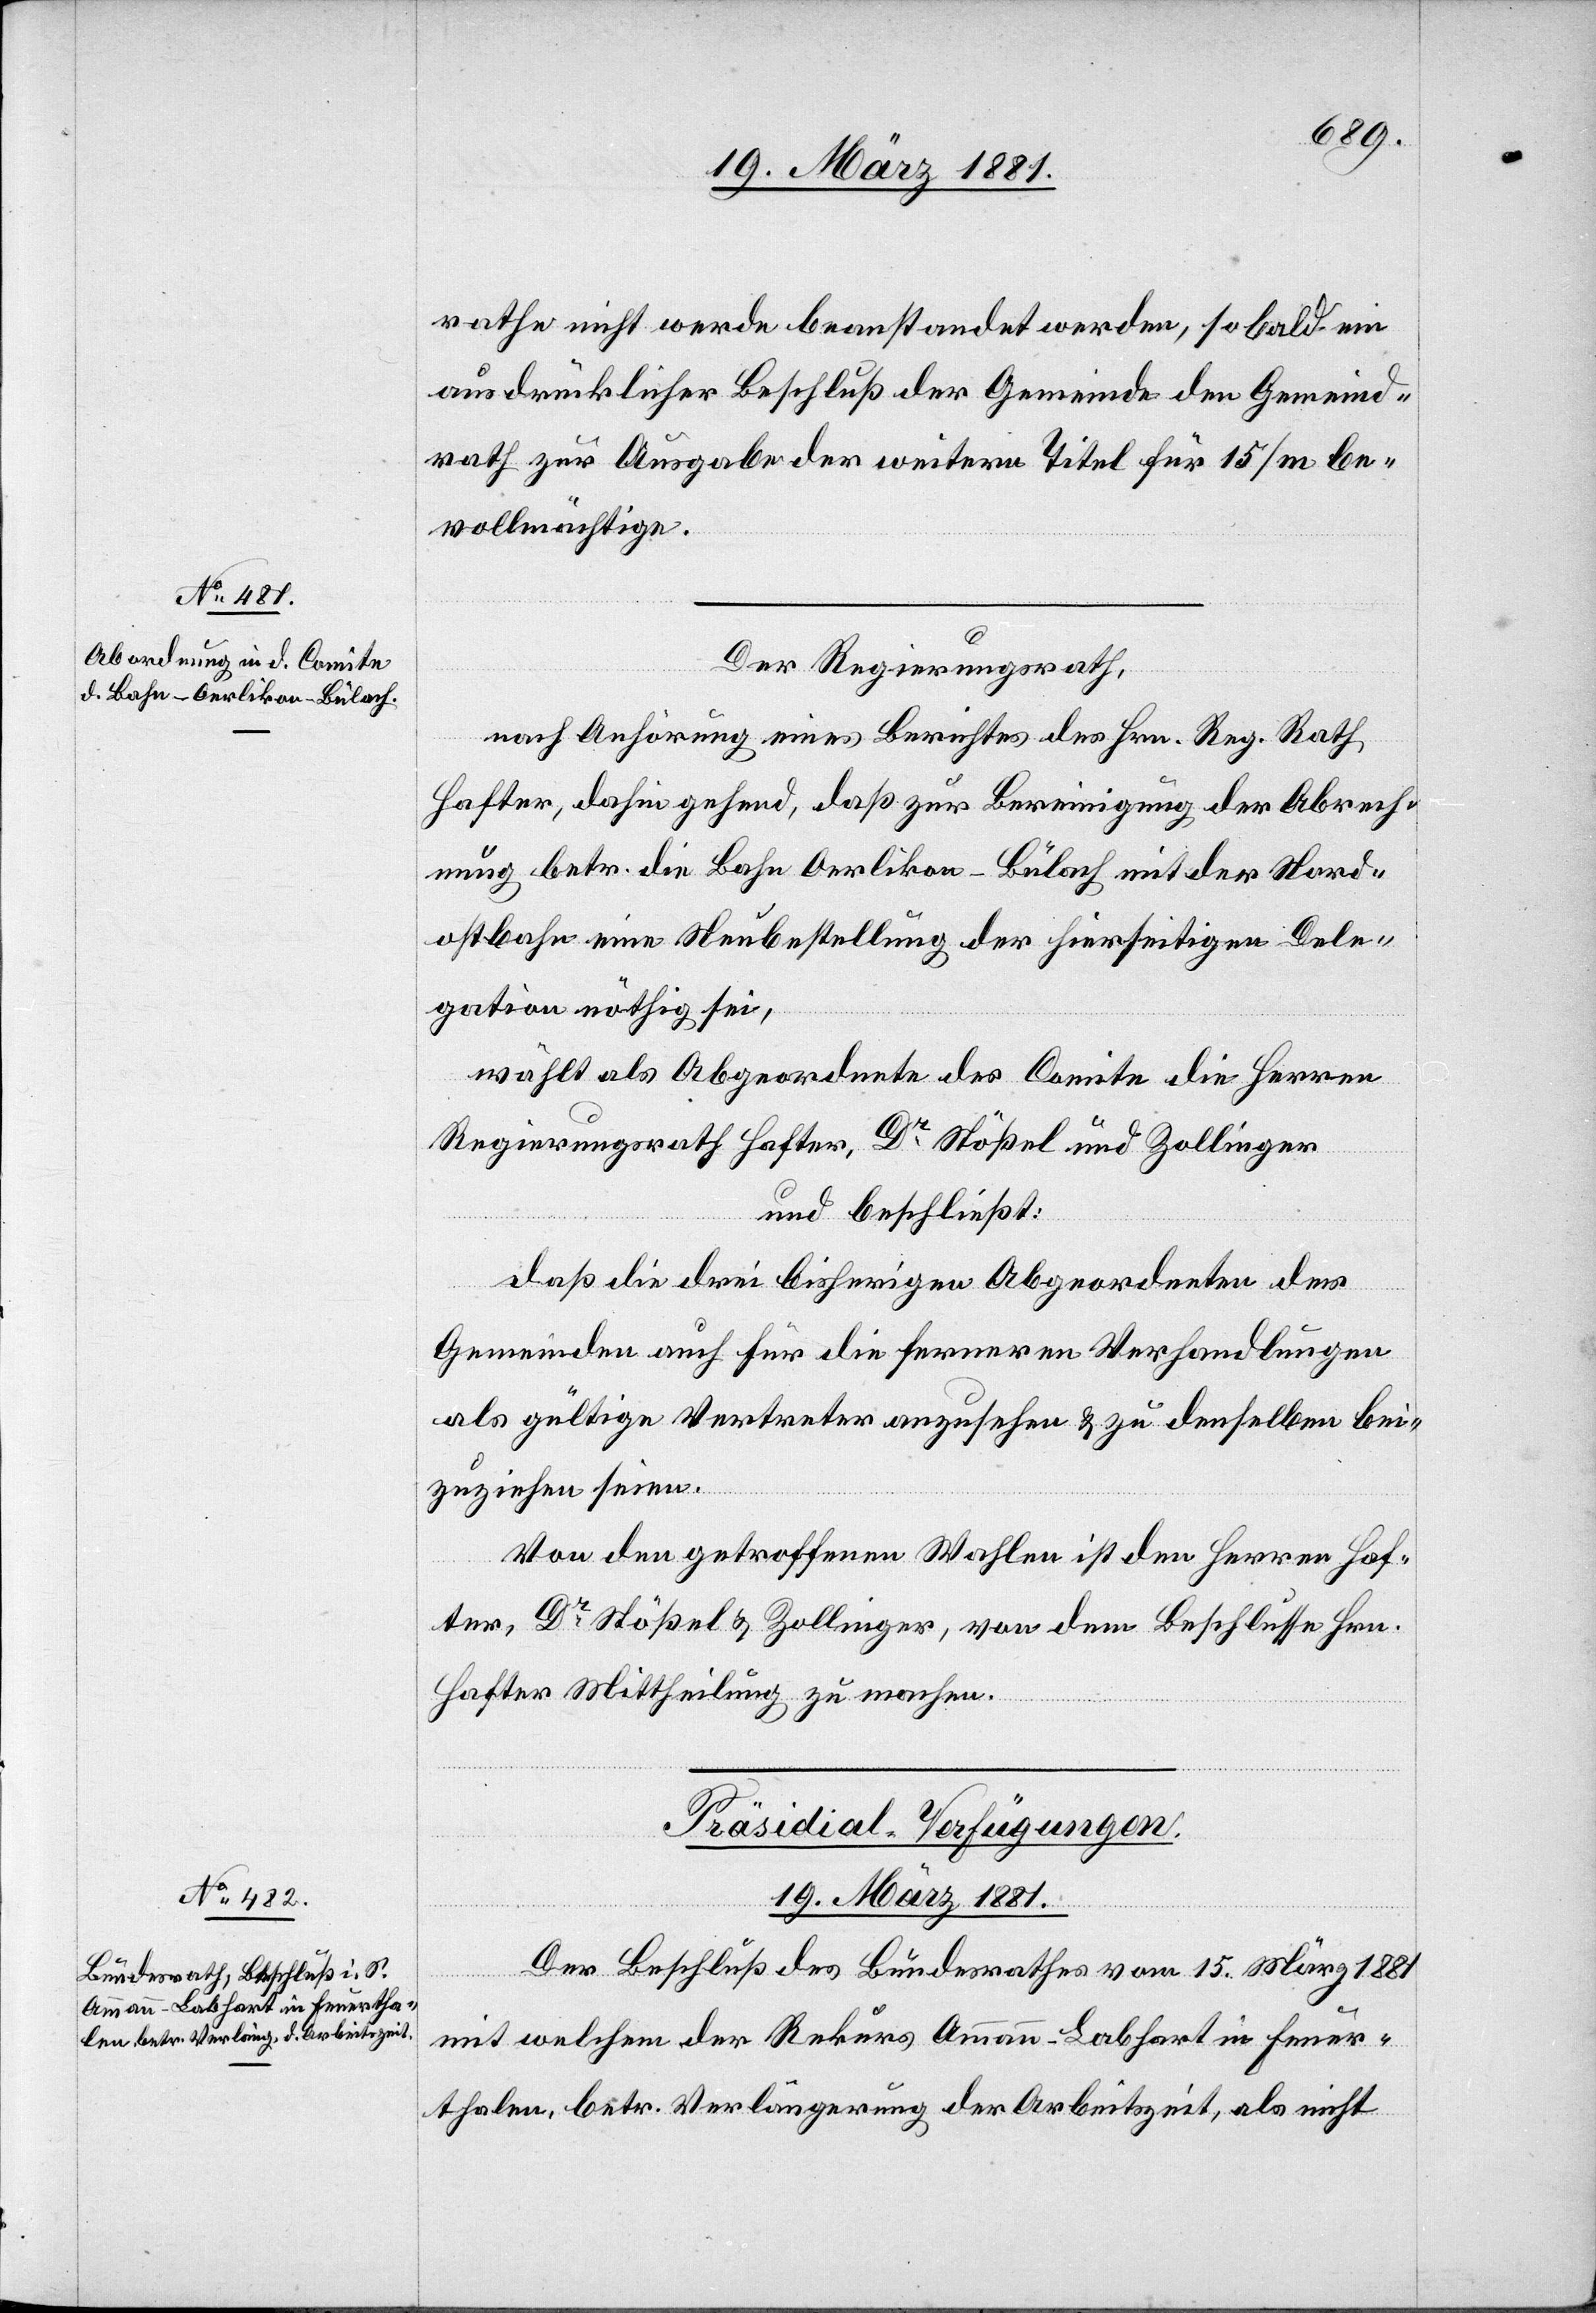
rathe nicht werde beanstandet werden, so bald ein
ausdrücklicher Beschluß der Gemeinde den Gemeind¬
rath zur Ausgabe der weitern Titel für 15/m be¬
vollmächtige.
Der Regierungsrath,
nach Anhörung eines Berichtes des Hrn. Reg. Rath
Hafter, dahingehend, daß zur Bereinigung der Abrech¬
nung betr. die Bahn Oerlikon–Bülach mit der Nord¬
ostbahn eine Neubestellung der hierseitigen Dele¬
gation nöthig sei,
wählt als Abgeordnete des Comite die Herren
Regierungsrath Hafter, Dr Stößel und Zollinger
und beschließt:
daß die drei bisherigen Abgeordneten der
Gemeinden auch für die ferneren Verhandlungen
als gültige Vertreter anzusehen & zu denselben bei¬
zuziehen seien.
Von den getroffenen Wahlen ist den Herren Haf¬
ter, Dr Stößel & Zollinger, von dem Beschlusse Hrn.
Hafter Mittheilung zu machen
Präsidial-Verfügungen.
19. März 1881.
Der Beschluß des Bundesrathes vom 15. März 1881
mit welchem der Rekurs Ammann-Lobhart in Feuer¬
thalen, betr. Verlängerung der Arbeitszeit, als nicht